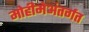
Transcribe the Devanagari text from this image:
मोहीमेअंतर्गत